Report on sanitation, dispensaries, and jails in Rajputana for 1917, and on vaccination for the year 1917-1918 - 1917-1918
Year: 1917
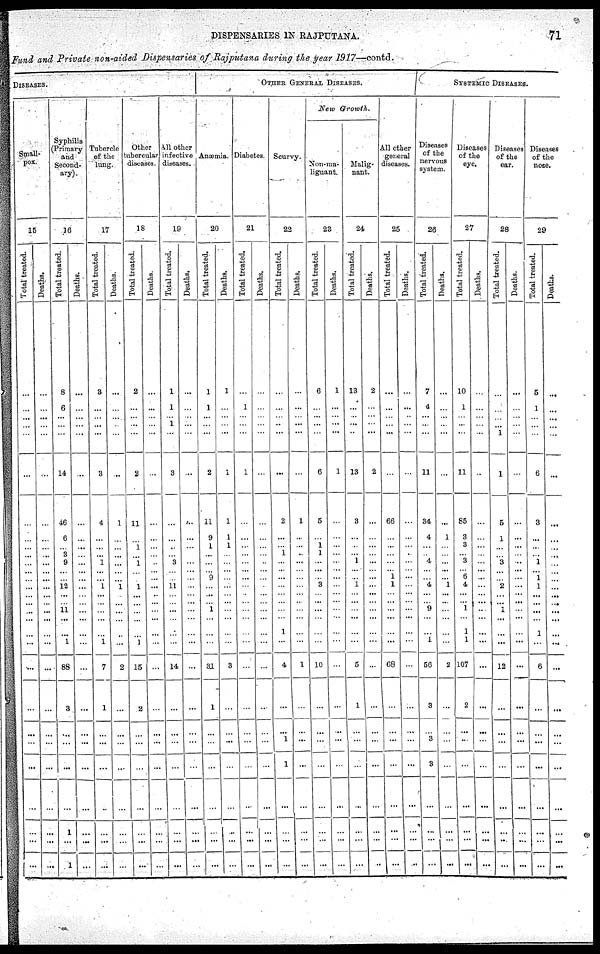
DISPENSARIES IN RAJPUTANA.
71
Fund and Private non-aided Dispensaries of Rajputana during the year 1917—contd
DISEASES
Small-
pox.
15
Total treated.
...
...
...
...
...
...
...
...
...
...
...
...
...
...
...
...
...
...
...
...
...
...
...
...
...
...
...
...
...
Deaths.
...
...
... ...
...
...
...
...
...
...
...
...
...
...
...
...
...
...
...
...
...
...
...
...
...
...
...
...
...
Syphilis
(Primary
and
Second-
ary).
16
Total treated.
8
6
... ...
...
14
6
6
...
3
9
...
...
12
...
...
11
...
...
1
88
3
...
...
...
...
1
...
1
Deaths.
...
...
... ...
...
...
...
...
...
...
...
...
...
...
...
...
...
...
...
...
...
...
...
...
...
...
...
...
...
Tubercle
of the
lung.
17
Total treated.
3
...
... ...
...
3
...
...
...
...
...
...
...
...
...
...
...
...
...
...
7
1
...
...
...
...
...
...
...
Deaths.
...
...
... ...
...
..
1
...
...
...
...
...
...
1
...
...
...
...
...
...
2
...
...
...
...
...
...
...
...
Other
tubercular
diseases.
18
Total treated.
2
...
... ...
...
2
11
...
1
...
1
...
...
1
...
...
...
...
...
1
15
2
...
...
...
...
...
...
...
Deaths.
...
...
... ...
...
...
...
...
...
...
...
...
...
...
...
...
...
...
...
...
...
...
...
...
...
...
...
...
...
All other
infective
diseases.
19
Total treated.
1
1
... 1
...
3
...
...
...
...
3
...
...
11
...
...
...
...
...
...
14
...
...
...
...
...
...
...
...
Deaths.
...
...
... ...
...
...
...
...
...
...
...
...
...
...
...
...
...
...
...
...
...
...
...
...
...
...
...
...
...
OTHER GENERAL DISEASES.
Anæmia.
20
Total treated.
1
1
... ...
...
2
11
9
1
...
...
... 9
...
...
...
1
...
...
...
31
1
...
...
...
...
...
...
...
Deaths.
1
...
... ...
...
1
1
1
1
...
...
...
...
...
...
...
...
...
...
...
3
...
...
...
...
...
...
...
...
Diabetes.
21
Total treated.
...
1
... ...
...
1
...
...
...
...
...
...
...
...
...
...
...
...
...
...
...
...
...
...
...
...
...
...
...
Deaths.
...
...
... ...
...
...
...
...
...
...
...
...
...
...
...
...
...
...
...
...
...
...
...
...
...
...
...
...
...
Scurvy.
22
Total treated.
...
...
... ...
...
...
2
...
...
1
...
...
...
...
...
...
...
...
1
...
4
...
...
1
1
...
...
...
...
Deaths.
...
...
... ...
...
...
1
...
...
...
...
...
...
...
...
...
...
...
...
...
1
...
...
...
...
...
...
...
...
New Growth.
Non-ma¬
lignant.
23
Total treated.
6
...
... ...
...
6
5
...
1
1
...
...
...
3
...
...
...
...
...
...
10
...
...
...
...
...
...
...
...
Deaths.
1
...
... ...
...
1
...
...
...
...
...
...
...
...
...
...
...
...
...
...
...
...
...
...
...
...
...
...
...
Malig¬
nant.
24
Total treated.
13
...
... ...
...
13
3
...
...
...
1
...
...
1
...
...
...
...
...
...
5
1
...
...
...
...
...
...
...
Deaths.
2
...
... ...
...
2
...
...
...
...
...
...
...
...
...
...
...
...
...
...
...
...
...
...
...
...
...
...
..
All other
general
diseases.
25
Total treated.
...
...
... ...
...
...
66
...
...
...
...
... 1
1
...
...
...
...
...
...
68
...
...
...
...
...
...
...
...
Deaths.
...
...
... ...
...
...
...
...
...
...
...
...
...
...
...
...
...
...
...
...
...
...
...
...
...
...
...
...
..
SYSTEMIC DISEASES.
Diseases
of the
nervous
system.
26
Total treated.
7
4
... ...
...
11
34
4
...
...
4
...
...
4
...
...
9
...
...
1
56
3
...
3
3
...
...
...
...
Deaths.
...
...
... ...
...
...
...
1
...
...
...
...
...
1
...
...
...
...
...
...
2
...
...
...
...
...
...
...
...
Diseases
of the
eye.
27
Total treated.
10
1
... ...
...
11
85
3
3
...
3
... 6
4
...
...
1
...
1
1
107
2
...
...
...
...
...
...
...
Deaths.
...
...
... ...
...
...
...
...
...
...
...
...
...
...
...
...
...
...
...
...
...
...
...
...
...
...
...
...
...
Diseases
of the
ear.
28
Total treated.
...
...
... ...
1
1
5
1
...
...
3
...
...
2
...
...
1
...
...
...
13
...
...
...
...
...
...
...
...
Deaths.
...
...
... ...
...
...
...
...
...
...
...
...
...
...
...
...
...
...
...
...
...
...
...
...
...
...
...
...
...
Diseases
of the
nose.
29
Total treated.
5
1
... ...
...
6
3
...
...
...
1
... 1
1
...
...
...
...
1
...
6
...
...
...
...
...
...
...
...
Deaths.
...
...
... ...
...
...
...
...
...
...
...
...
...
...
...
...
...
...
...
...
...
...
...
...
...
...
...
...
...